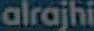
alrajhi